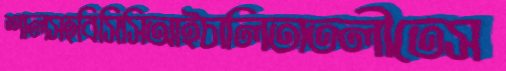
শালসহবিসিসিআইচালিতাতলীতেস